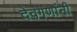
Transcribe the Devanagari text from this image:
देवगणांनी